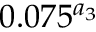
0 . 0 7 5 ^ { a _ { 3 } }